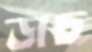
ডাচ